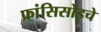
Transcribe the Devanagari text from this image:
फ्रांसिसोइचे